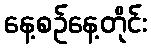
နေ့စဉ်နေ့တိုင်း